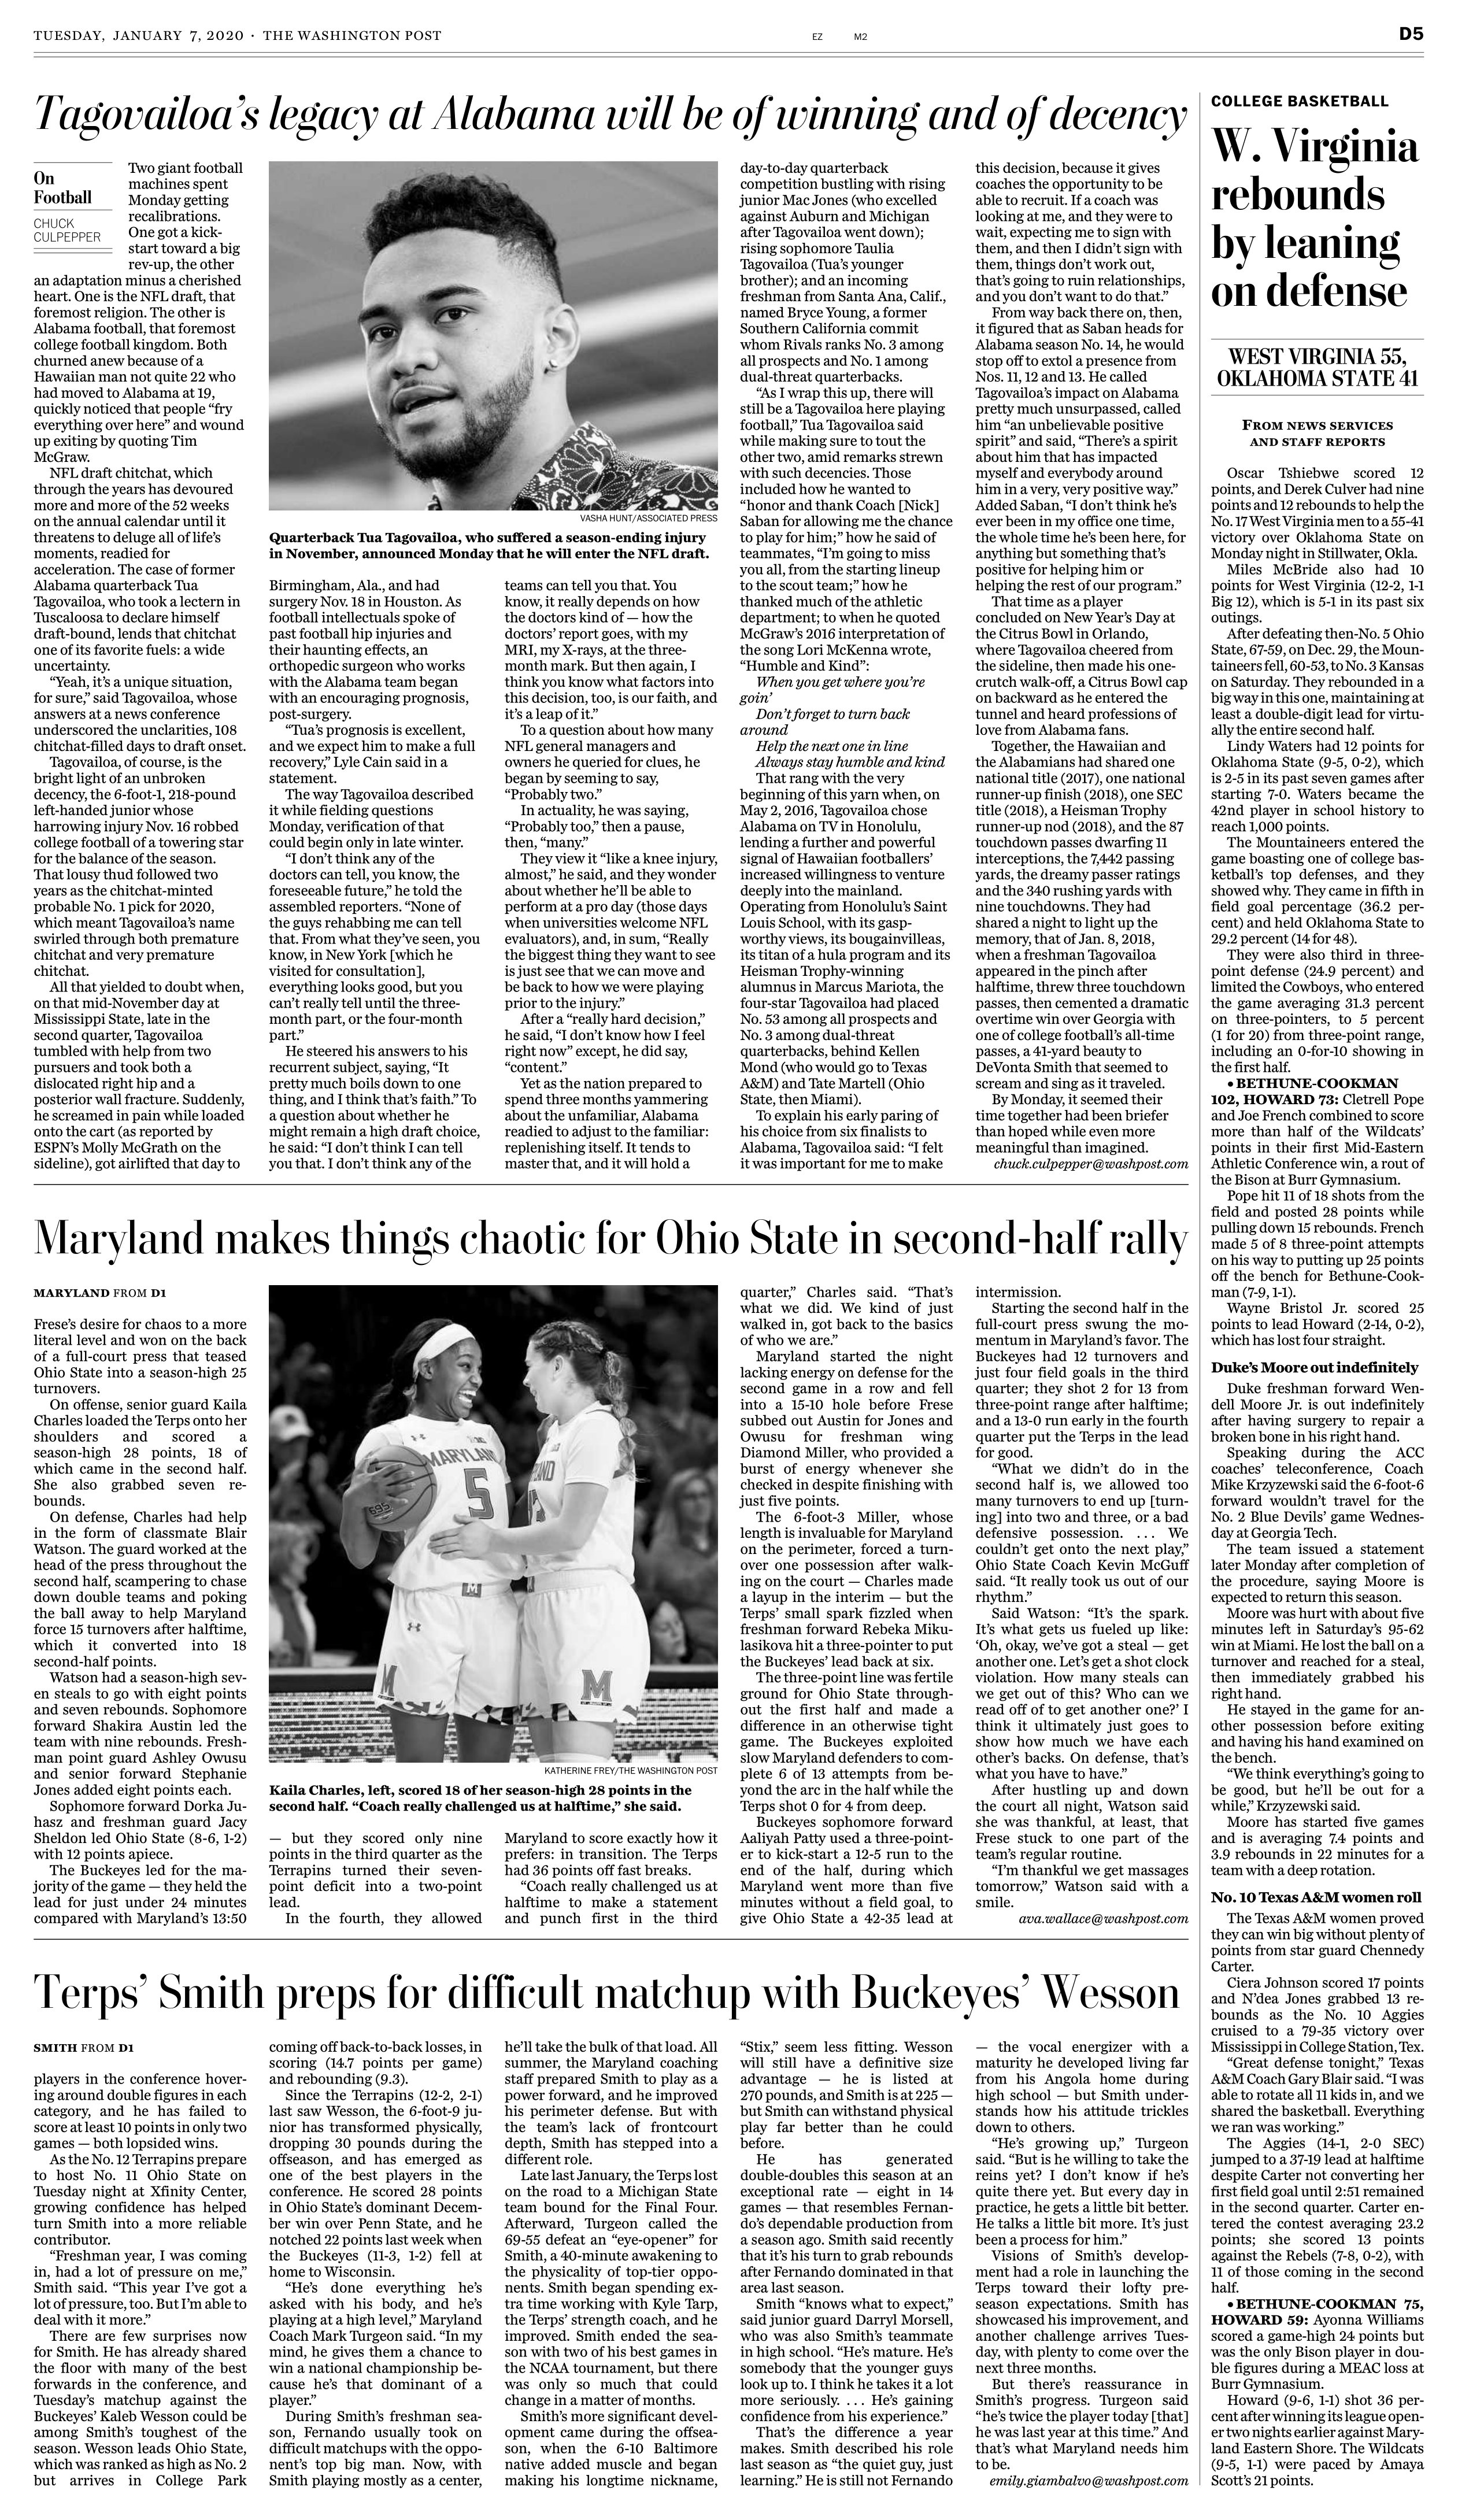
Language: en